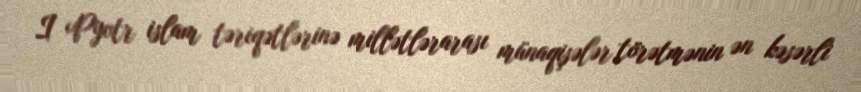
I Pyotr islam təriqətlərinə millətlərarası münaqişələr törətmənin ən kəsərli